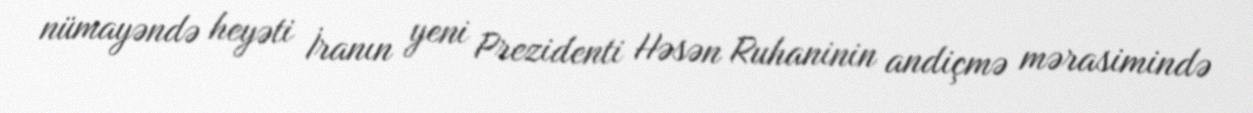
nümayəndə heyəti İranın yeni Prezidenti Həsən Ruhaninin andiçmə mərasimində